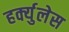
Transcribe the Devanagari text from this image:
हर्क्युलेस